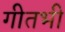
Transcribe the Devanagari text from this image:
गीतभी